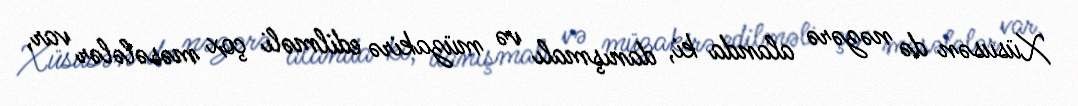
Xüsusən də nəzərə alanda ki, danışmalı və müzakirə edilməli çox məsələlər var,